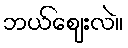
ဘယ်ဈေးလဲ။